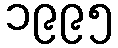
၁၉၉၅